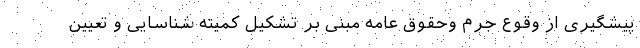
پیشگیری از وقوع جرم وحقوق عامه مبنی بر تشکیل کمیته شناسایی و تعیین